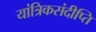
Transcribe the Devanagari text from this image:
यांत्रिकसंदीप्ति